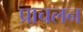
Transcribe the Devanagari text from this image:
प्राचलन